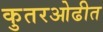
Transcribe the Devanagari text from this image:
कुतरओढीत